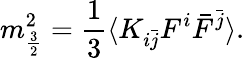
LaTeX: m_{\frac{3}{2}}^{2}=\frac{1}{3}\langle K_{i\bar{j}}F^{i}\bar{F}^{\bar{j}}\rangle.